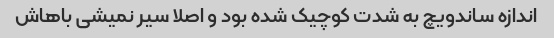
اندازه ساندویچ به شدت کوچیک شده بود و اصلا سیر نمیشی باهاش